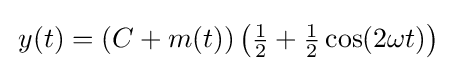
\,y(t)=(C+m(t))\left({\tfrac {1}{2}}+{\tfrac {1}{2}}\cos(2\omega t)\right)